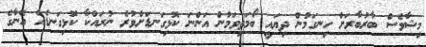
މިޝާވެސް ބާރުބާރަށް ހިނގަމުން ދިޔައީ ބޯމަތިވަމުން އަންނަ ކޮޅިގަނޑަށްވުރެ ނުރައްކާ ކޮޅިގަނޑެއް އޭނާގެ